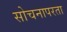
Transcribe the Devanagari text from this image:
सोचनापरता